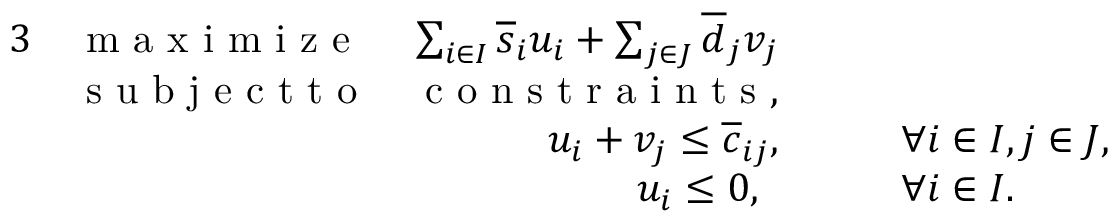
\begin{array} { r l r l } { { 3 } } & { \textnormal { m a x i m i z e } } & { \sum _ { i \in I } \overline { { s } } _ { i } u _ { i } + \sum _ { j \in J } \overline { { d } } _ { j } v _ { j } } \\ & { \textnormal { s u b j e c t t o } } & { \textnormal { c o n s t r a i n t s } , } \\ & { } & { u _ { i } + v _ { j } \le \overline { { c } } _ { i j } , } & { \qquad \forall i \in I , j \in J , } \\ & { } & { u _ { i } \le 0 , \ \, } & { \qquad \forall i \in I . } \end{array}